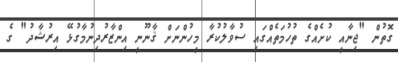
ގޮތުން "ޖިނާއީ ކުށެއްގެ ތުހުމަތެއްގައި ސުވާލުކުރާ މީހުންނަށް ޤާނޫނީ އިންޒާރުދިނުމާގުޅޭ އިރުޝާދު" ގެ